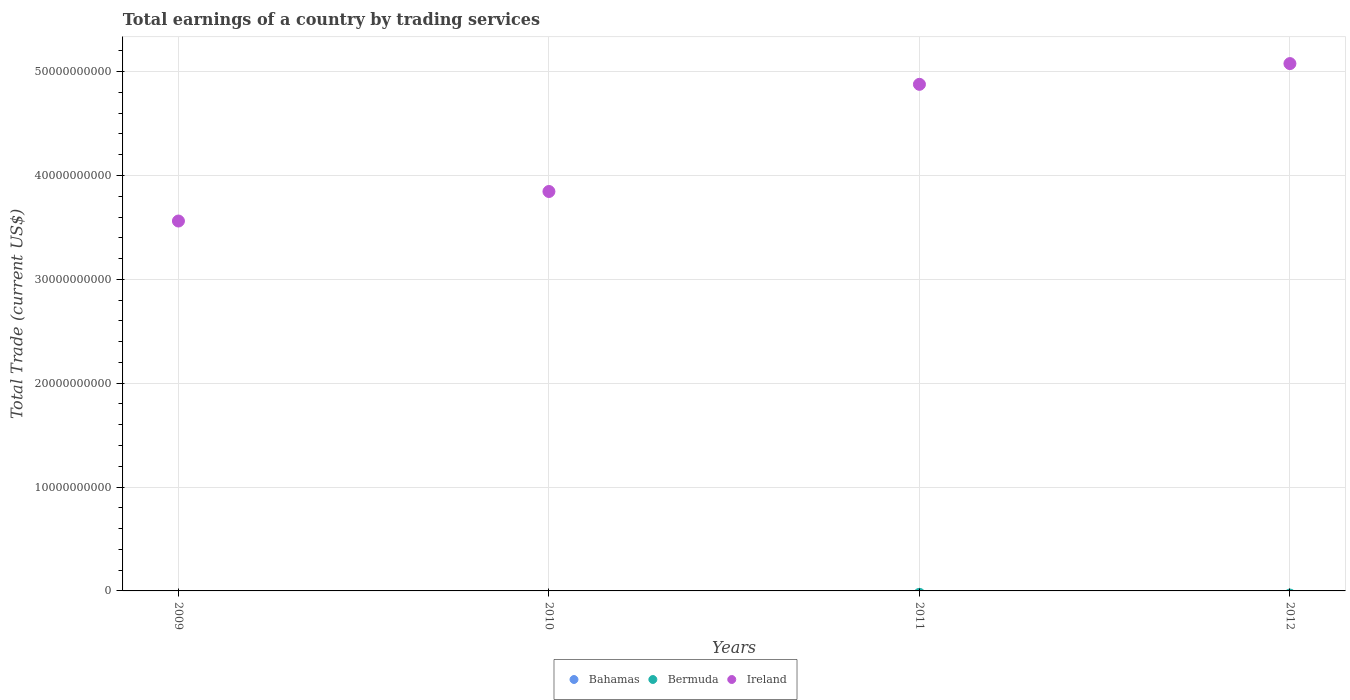
| Years | Bahamas | Bermuda | Ireland |
 | --- | --- | --- | --- |
 | 2009 | -6.7e+08 | -6.93e+08 | 3.56e+10 |
 | 2010 | -5.77e+08 | -5.85e+08 | 3.85e+10 |
 | 2011 | -9.31e+08 | -3.27e+08 | 4.88e+10 |
 | 2012 | -1.25e+09 | -3.99e+08 | 5.08e+10 |